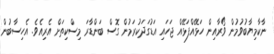
ނާކާމިޔާބުވުމުން ވޯރާއިން ހަޅޭއްފަޅޭއް ޖަހައި އަޑުގަދަކުރަމުން ގޮސް ބަންޑާރަ މިސްކިތަށް އެރިއެވެ. އެހިސާބުން